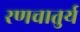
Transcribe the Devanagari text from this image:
रणचातुर्य